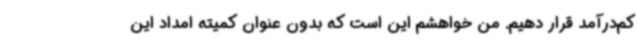
کم‌درآمد قرار دهیم. من خواهشم این است که بدون عنوان کمیته امداد این